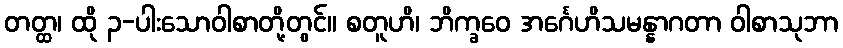
တတ္ထ၊ ထို ၃-ပါးသောဝါစာတို့တွင်။ စတူဟိ၊ ဘိက္ခဝေ အင်္ဂေဟိသမန္နာဂတာ ဝါစာသုဘာ